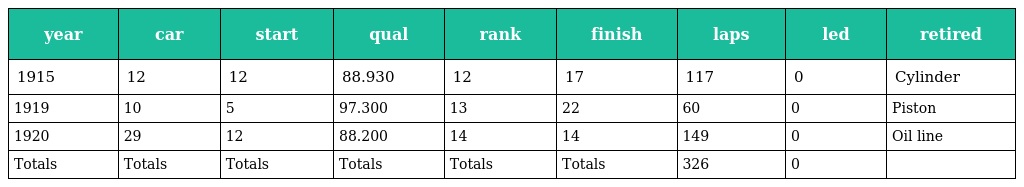
| year | car | start | qual | rank | finish | laps | led | retired |
 | --- | --- | --- | --- | --- | --- | --- | --- | --- |
 | 1915 | 12 | 12 | 88.930 | 12 | 17 | 117 | 0 | Cylinder |
 | 1919 | 10 | 5 | 97.300 | 13 | 22 | 60 | 0 | Piston |
 | 1920 | 29 | 12 | 88.200 | 14 | 14 | 149 | 0 | Oil line |
 | Totals | Totals | Totals | Totals | Totals | Totals | 326 | 0 |  |